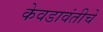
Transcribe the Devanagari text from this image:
केवडावंतीचे